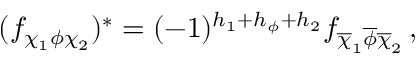
( f _ { \chi _ { 1 } \phi \chi _ { 2 } } ) ^ { \ast } = ( - 1 ) ^ { h _ { 1 } + h _ { \phi } + h _ { 2 } } f _ { \overline { { \chi } } _ { 1 } \overline { { \phi } } \overline { { \chi } } _ { 2 } } \, ,